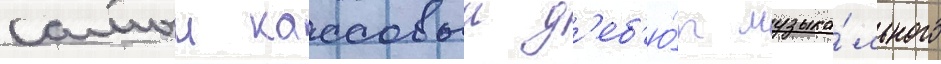
самыи кассовыи д'еб'ю́т музыка́льного